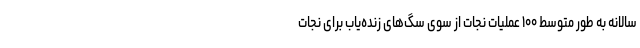
سالانه به طور متوسط ۱۰۰ عملیات نجات از سوی سگ‌های زنده‌یاب برای نجات